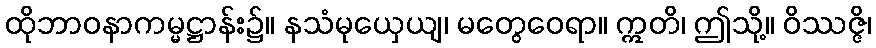
ထိုဘာဝနာကမ္မဋ္ဌာန်း၌။ နသံမုယှေယျ၊ မတွေဝေရာ။ ဣတိ၊ ဤသို့။ ဝိဿဇ္ဇိ၊